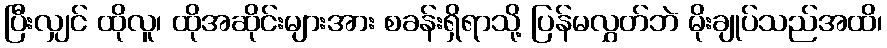
ပြီးလျှင် ထိုလူ၊ ထိုအဆိုင်းများအား စခန်းရှိရာသို့ ပြန်မလွှတ်ဘဲ မိုးချုပ်သည်အထိ၊